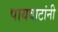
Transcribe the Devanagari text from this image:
पायवाटांनी